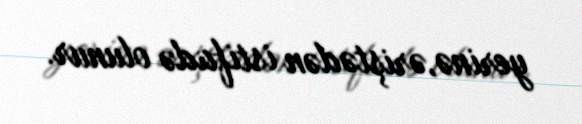
yerinə,əriştədən istifadə olunur.